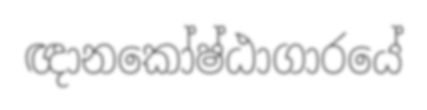
ඥානකෝෂ්ඨාගාරයේ